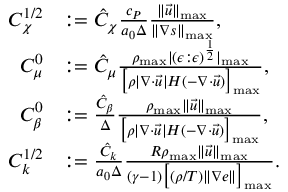
\begin{array} { r l } { { C } _ { \chi } ^ { 1 / 2 } } & { : = \hat { C } _ { \chi } \frac { c _ { P } } { a _ { 0 } \Delta } \frac { \| \vec { u } \| _ { \mathrm { m a x } } } { \| \nabla s \| _ { \mathrm { m a x } } } , } \\ { { C } _ { \mu } ^ { 0 } } & { : = \hat { C } _ { \mu } \frac { \rho _ { \mathrm { m a x } } | ( \epsilon : \epsilon ) ^ { \frac { 1 } { 2 } } | _ { \mathrm { m a x } } } { \big [ \rho | \nabla \cdot \vec { u } | H ( - \nabla \cdot \vec { u } ) \big ] _ { \mathrm { m a x } } } , } \\ { { C } _ { \beta } ^ { 0 } } & { : = \frac { \hat { C } _ { \beta } } { \Delta } \frac { \rho _ { \mathrm { m a x } } \| \vec { u } \| _ { \mathrm { m a x } } } { \big [ \rho | \nabla \cdot \vec { u } | H ( - \nabla \cdot \vec { u } ) \big ] _ { \mathrm { m a x } } } , } \\ { { C } _ { k } ^ { 1 / 2 } } & { : = \frac { \hat { C } _ { k } } { a _ { 0 } \Delta } \frac { R \rho _ { \mathrm { m a x } } \| \vec { u } \| _ { \mathrm { m a x } } } { ( \gamma - 1 ) \big [ ( \rho / T ) \| \nabla e \| \big ] _ { \mathrm { m a x } } } . } \end{array}